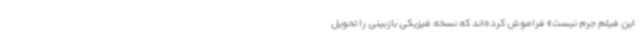
این فیلم جرم نیست» فراموش کرده‌اند که نسخه فیزیکی بازبینی را تحویل